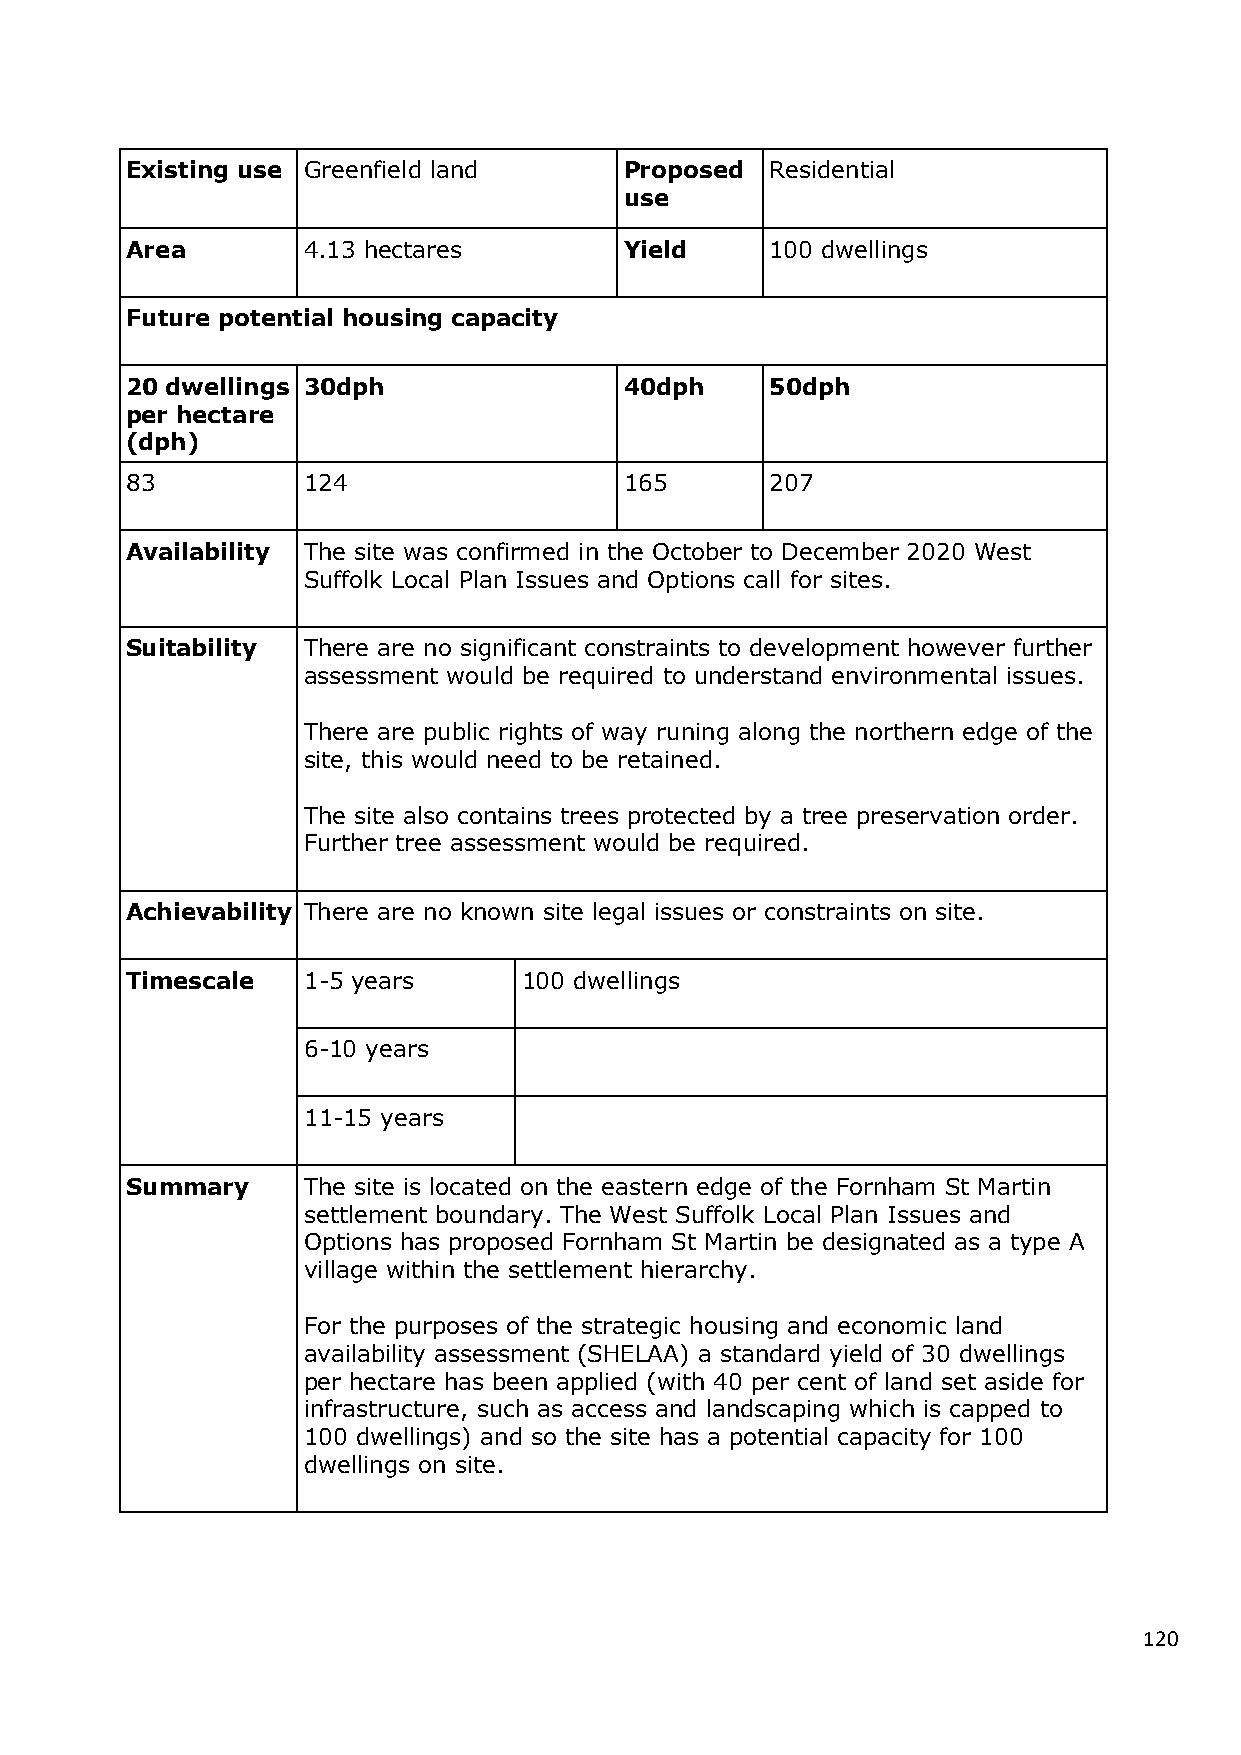
Existing use Greenfield land     Proposed  Residential
 use
 Area        4.13 hectares        Yield     100 dwellings
 Future potential housing capacity
 20 dwellings 30dph               40dph     50dph
 per hectare
 (dph)
 83          124                  165       207
 Availability The site was confirmed in the October to December 2020 West
 Suffolk Local Plan Issues and Options call for sites.
 Suitability There are no significant constraints to development however further
 assessment would be required to understand environmental issues.
 There are public rights of way runing along the northern edge of the
 site, this would need to be retained.
 The site also contains trees protected by a tree preservation order.
 Further tree assessment would be required.
 Achievability There are no known site legal issues or constraints on site.
 Timescale   1-5 years      100 dwellings
 6-10 years
 11-15 years
 Summary     The site is located on the eastern edge of the Fornham St Martin
 settlement boundary. The West Suffolk Local Plan Issues and
 Options has proposed Fornham St Martin be designated as a type A
 village within the settlement hierarchy.
 For the purposes of the strategic housing and economic land
 availability assessment (SHELAA) a standard yield of 30 dwellings
 per hectare has been applied (with 40 per cent of land set aside for
 infrastructure, such as access and landscaping which is capped to
 100 dwellings) and so the site has a potential capacity for 100
 dwellings on site.
 120